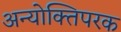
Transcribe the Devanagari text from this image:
अन्योक्तिपरक